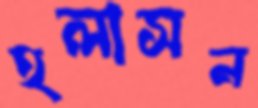
হলাসন